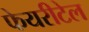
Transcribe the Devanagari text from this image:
फेयरीटेल